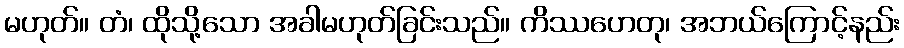
မဟုတ်။ တံ၊ ထိုသို့သော အခါမဟုတ်ခြင်းသည်။ ကိဿဟေတု၊ အဘယ်ကြောင့်နည်း